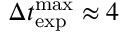
\Delta t _ { \mathrm { e x p } } ^ { \mathrm { m a x } } \approx 4